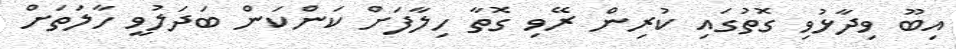
އިބޫ ވިދާޅުވި ގޮތުގައި ކުރިން ރޭވި ގޮތާ ހިލާފަށް ކަންކަން ބަދަލުވީ ހާލަތަށް